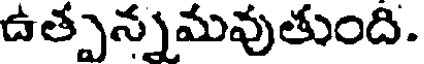
ఉత్పన్నమవుతుంది.